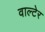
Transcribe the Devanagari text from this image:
वाल्टेर